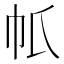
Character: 𢁤